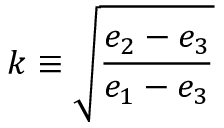
k \equiv { \sqrt { \frac { e _ { 2 } - e _ { 3 } } { e _ { 1 } - e _ { 3 } } } }